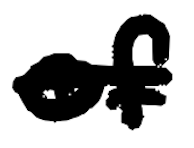
Text: of
Cross-out: single-line
Writing tool: digital_black